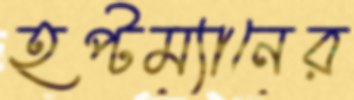
হপ্টম্যানের